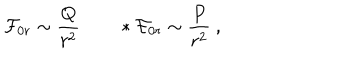
{ \cal F } _ { 0 r } \sim { \frac { Q } { r ^ { 2 } } } \qquad * { \cal F } _ { 0 r } \sim { \frac { P } { r ^ { 2 } } } \ ,